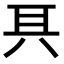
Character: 𠔐